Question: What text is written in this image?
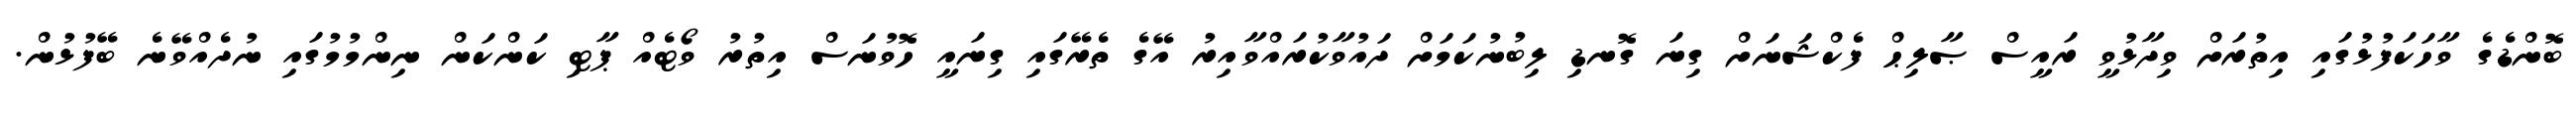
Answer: ބޮންޑެގެ ވާހަކަފުޅުގައި އިތުރަށް ވިދާޅުވީ ރައީސް ޞާލިޙް ފެކްޝަނަށް ގިނަ ގޮނޑި ލިބުނުކަމަށް ދައުވާކުރައްވާއިރު އޭގެ ތެރޭގައި ގިނައީ ހޮވުނަސް އިތުރު ވޯޓެއް ޕާޓި ކަންކަން ނިންމުމުގައި ނުދެއްވޭނެ ބޭފުޅުން.